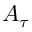
A _ { \tau }